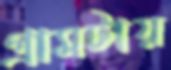
গ্রামটায়